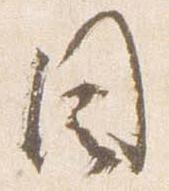
目